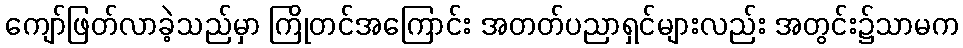
ကျော်ဖြတ်လာခဲ့သည်မှာ ကြိုတင်အကြောင်း အတတ်ပညာရှင်များလည်း အတွင်း၌သာမက